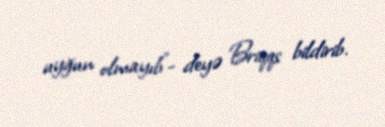
uyğun olmayıb”- deyə Briqqs bildirib.